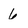
Character: 6